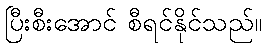
ပြီးစီးအောင် စီရင်နိုင်သည်။